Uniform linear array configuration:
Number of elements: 12
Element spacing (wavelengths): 0.5
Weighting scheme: cosine
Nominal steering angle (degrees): -30
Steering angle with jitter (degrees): -30.324
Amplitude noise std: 0.05
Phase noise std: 0.05

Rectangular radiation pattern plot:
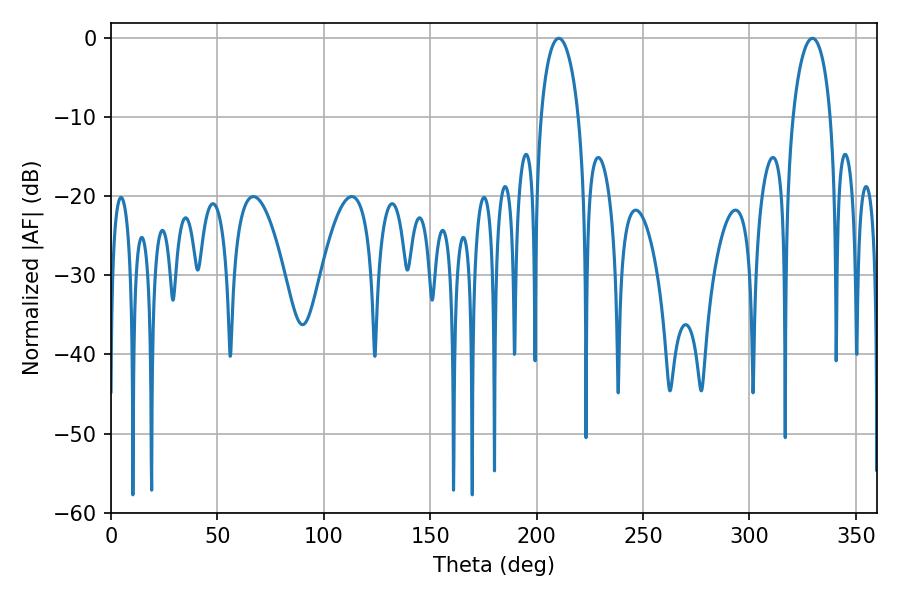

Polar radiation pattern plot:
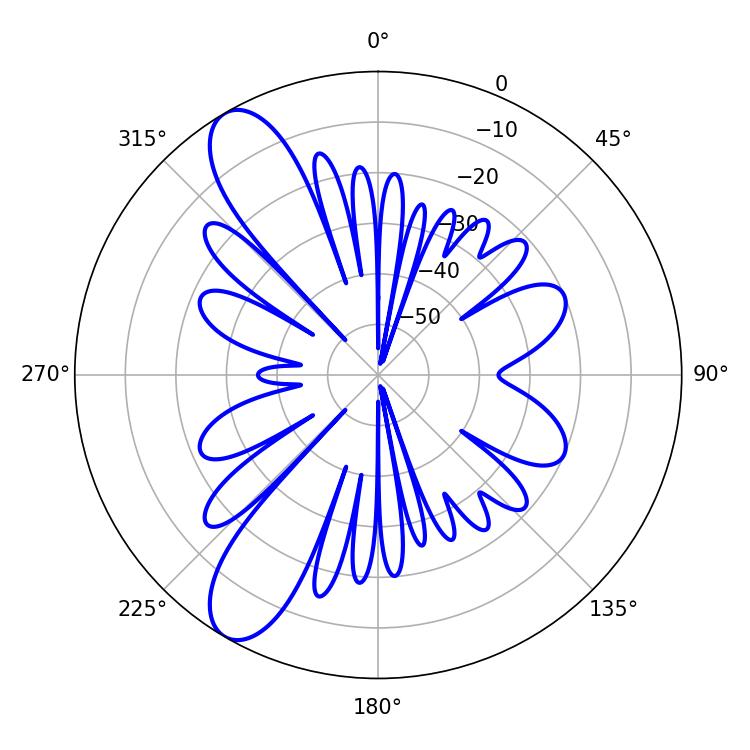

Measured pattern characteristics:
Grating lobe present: FALSE
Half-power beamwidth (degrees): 10.08
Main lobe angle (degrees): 210.42